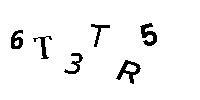
6TETR5